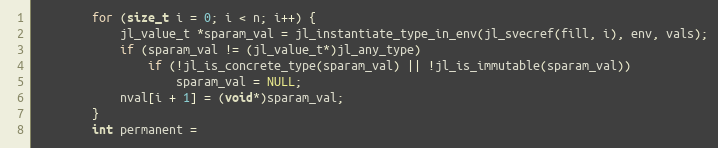
Language: C++
        for (size_t i = 0; i < n; i++) {
            jl_value_t *sparam_val = jl_instantiate_type_in_env(jl_svecref(fill, i), env, vals);
            if (sparam_val != (jl_value_t*)jl_any_type)
                if (!jl_is_concrete_type(sparam_val) || !jl_is_immutable(sparam_val))
                    sparam_val = NULL;
            nval[i + 1] = (void*)sparam_val;
        }
        int permanent =